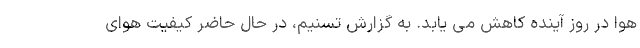
هوا در روز آینده کاهش می یابد. به گزارش تسنیم، در حال حاضر کیفیت هوای